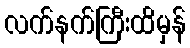
လက်နက်ကြီးထိမှန်